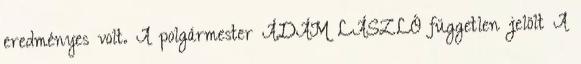
eredményes volt. A polgármester ÁDÁM LÁSZLÓ független jelölt A